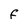
Character: F